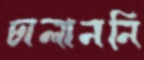
চালাননি